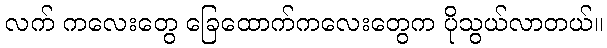
လက် ကလေးတွေ ခြေထောက်ကလေးတွေက ပိုသွယ်လာတယ်။